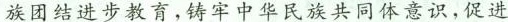
族团结进步教育，铸牢中华民族共同体意识，促进